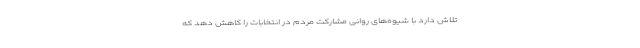
تلاش دارد با شیوه‌های روانی مشارکت مردم در انتخابات را کاهش دهد که